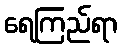
ရေကြည်ရာ